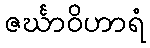
ဇင်္ဃာဝိဟာရံ